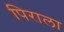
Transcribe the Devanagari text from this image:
पिराला